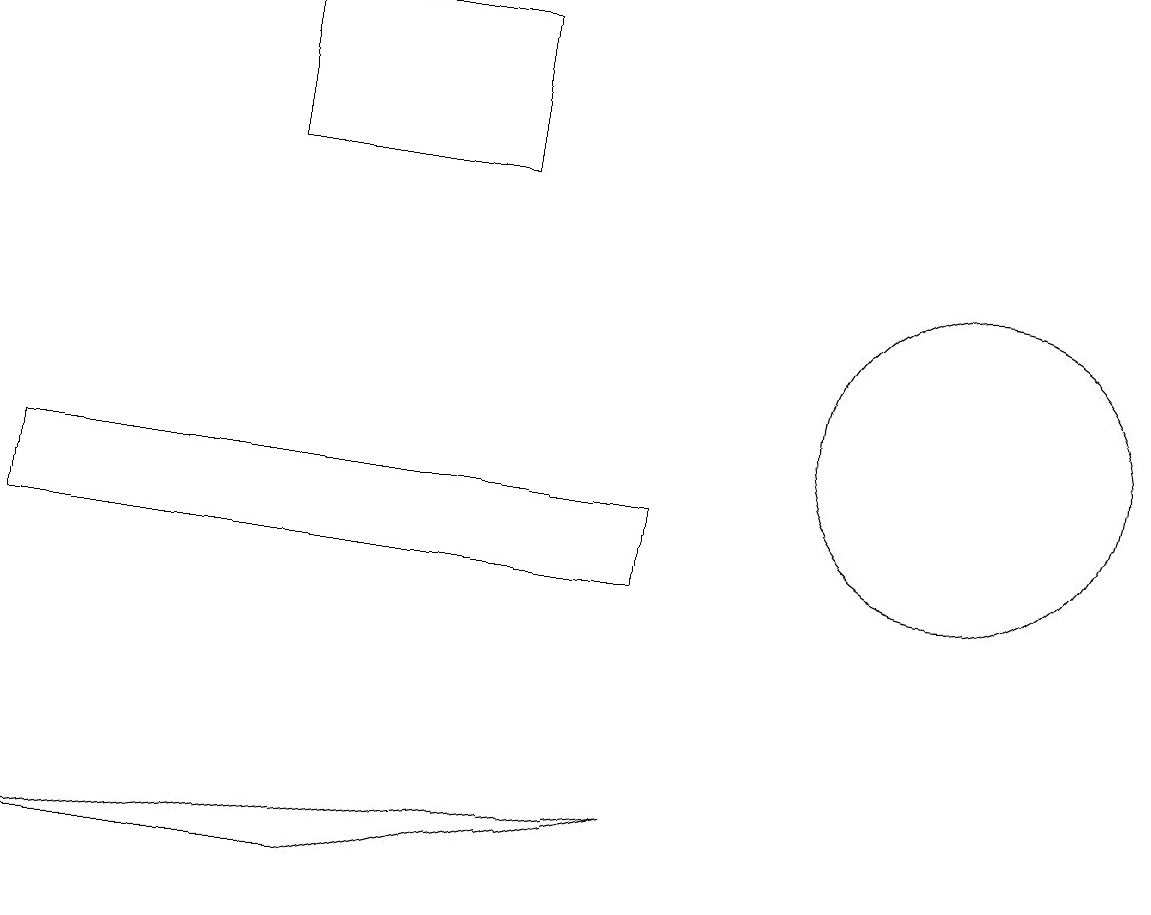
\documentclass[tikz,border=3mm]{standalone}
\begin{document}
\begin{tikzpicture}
\draw (3,15) rectangle (6,17);
\draw (12,12) circle (2);
\draw (0,6) -- (4,6) -- (8,7) -- cycle;
\draw (0,10) rectangle (8,11);
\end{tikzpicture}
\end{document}